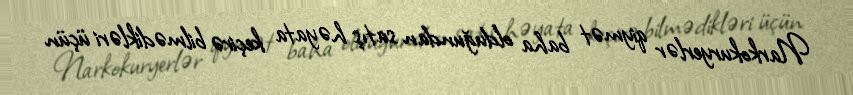
Narkokuryerlər qiymət baha olduğundan satış həyata keçirə bilmədikləri üçün